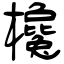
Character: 欃